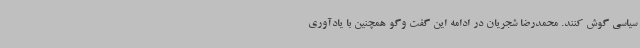
سیاسی گوش کنند. محمدرضا شجریان در ادامه این گفت وگو همچنین با یادآوری